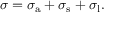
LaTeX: \sigma = \sigma _ { \mathrm { a } } + \sigma _ { \mathrm { s } } + \sigma _ { \mathrm { l } } .